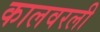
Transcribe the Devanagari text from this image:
कालवरली